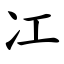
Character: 冮